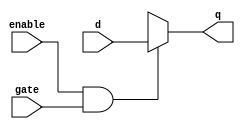
//***************************************************************************//
//***************************************************************************//
//***************************************************************************//
//**************                                          *******************//
//**************                                          *******************//
//**************      (c) SASIC Technologies Pvt Ltd      *******************//
//**************          (c) Verilogic Solutions         *******************//
//**************                                          *******************//
//**************                                          *******************//
//**************                                          *******************//
//**************           www.sasictek.com               *******************//
//**************          www.verilog-ic.com              *******************//
//**************                                          *******************//
//**************           Twitter:@sasictek              *******************//
//**************                                          *******************//
//**************                                          *******************//
//**************                                          *******************//
//***************************************************************************//
//***************************************************************************//


//              File Type: Verilog                                 

                             
//***************************************************************************//
//***************************************************************************//
                             

//              Author:
//              Reviewer:
//              Manager:
                             

//***************************************************************************//
//***************************************************************************//
//
module gate_latch(input enable,gate,d,
									output reg q);
		wire and_out;
		assign and_out=(enable & gate);
		always@(and_out or d)
			begin:alw_blk
				case(and_out)								//different test cases
					1'b1:
						begin:and_out1_blk
							q=d;
							end	//and_out1_blk
					1'b0:
						begin:and_out0_blk
							q=1'bx;
						end	//and_out0_blk
					default:
						begin:and_outxz_blk
							q=q;
						end	//and_outxz_blk
				endcase										//end different test cases
			end	//alw_blk
endmodule